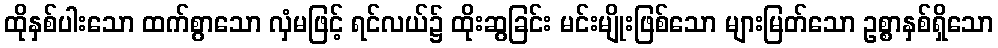
ထိုနှစ်ပါးသော ထက်စွာသော လှံမဖြင့် ရင်လယ်၌ ထိုးဆွခြင်း မင်းမျိုးဖြစ်သော များမြတ်သော ဥစ္စာနှစ်ရှိသော